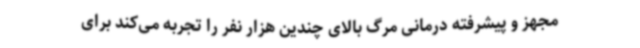
مجهز و پیشرفته درمانی مرگ بالای چندین هزار نفر را تجربه می‌کند برای